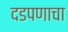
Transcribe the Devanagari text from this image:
दडपणाचा